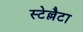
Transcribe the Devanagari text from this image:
स्टेल्लैटा